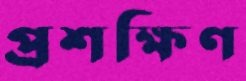
প্রশক্ষিণ